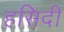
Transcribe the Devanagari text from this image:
हसिदी